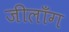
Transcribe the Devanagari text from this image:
जीलाँग